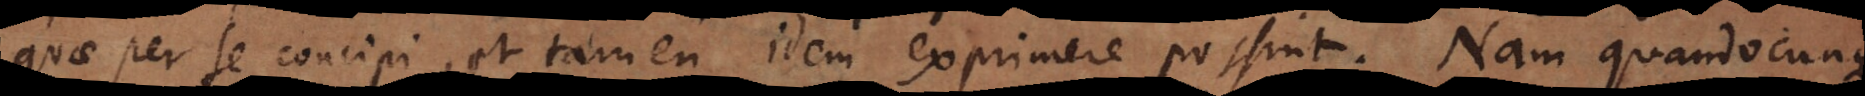
quae per se concipi, et tamen idem exprimere possint. Nam quandocunque